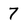
Character: 7